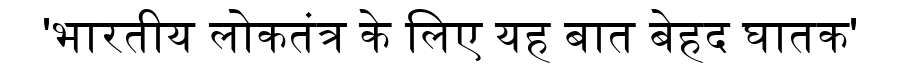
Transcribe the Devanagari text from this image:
'भारतीय लोकतंत्र के लिए यह बात बेहद घातक'